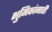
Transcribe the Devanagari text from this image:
भुमिकांनाही